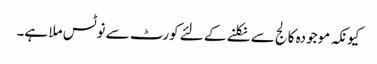
کیونکہ موجودہ کالج سے نکلنے کے لئے کورٹ سے نوٹس ملا ہے۔